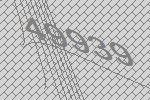
49939